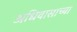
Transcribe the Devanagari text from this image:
अधिवासाच्या